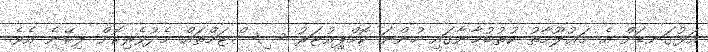
އަޅުގަނޑަށް އެ މަޢުލޫމާތު ކުތުބުޚާނާގައި ހުންނަ ކޮމްޕިއުޓަރު ސިސްޓަމްތައް މެދުވެރިކޮށް ލިބޭނެ އެވެ.